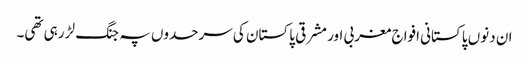
ان دنوں پاکستانی افواج مغربی اور مشرقی پاکستان کی سرحدوں پہ جنگ لڑ رہی تھی۔